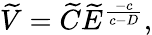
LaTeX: \widetilde V=\widetilde C\widetilde E^{\frac{-c}{c-D}},